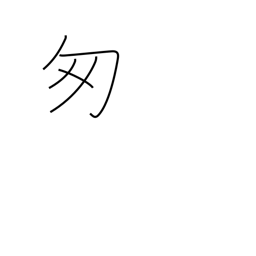
Meaning: be flustered